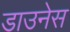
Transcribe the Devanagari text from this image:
डाउनेस